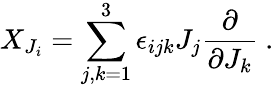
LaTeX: X_{J_{i}}=\sum_{j,k=1}^{3}\epsilon_{ijk}J_{j}\frac{\partial}{\partial J_{k}}~.